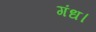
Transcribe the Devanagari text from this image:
गंध।